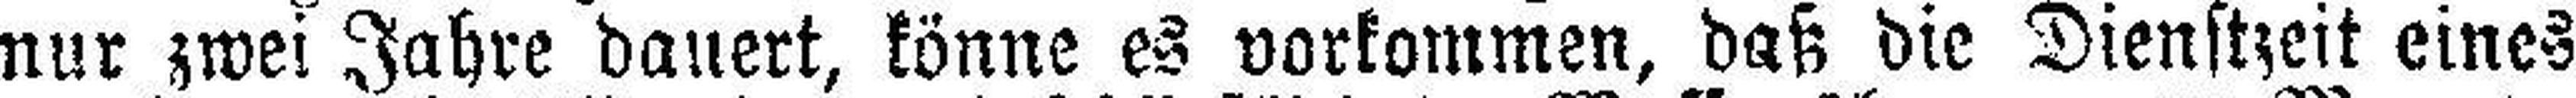
nur zwei Jahre dauert, könne es vorkommen, daß die Dienstzeit eines